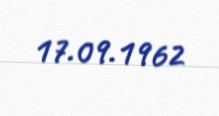
17.09.1962